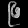
Digit: ၉